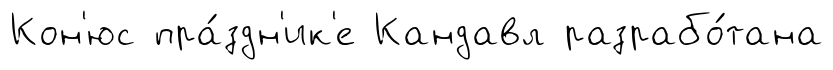
Кон'юс пра́здн'ик'е Кандавл разрабо́тана